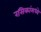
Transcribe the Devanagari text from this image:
रसिकांमध्ये